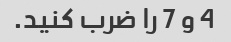
4 و 7 را ضرب کنید.